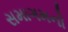
સમાગમનો